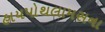
હાયપોથલામસના